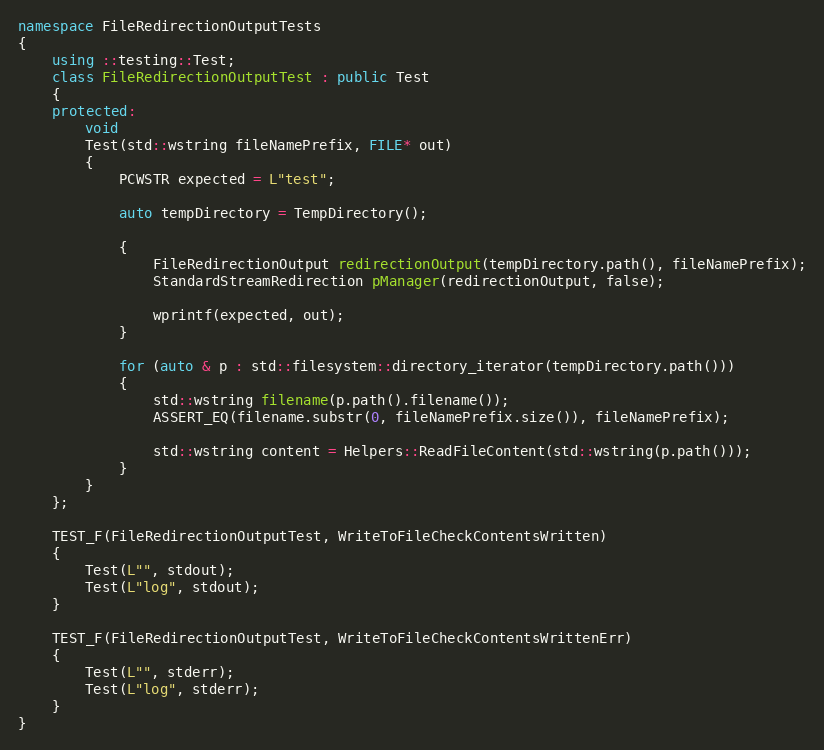
Language: C++
namespace FileRedirectionOutputTests
{
    using ::testing::Test;
    class FileRedirectionOutputTest : public Test
    {
    protected:
        void
        Test(std::wstring fileNamePrefix, FILE* out)
        {
            PCWSTR expected = L"test";

            auto tempDirectory = TempDirectory();

            {
                FileRedirectionOutput redirectionOutput(tempDirectory.path(), fileNamePrefix);
                StandardStreamRedirection pManager(redirectionOutput, false);

                wprintf(expected, out);
            }

            for (auto & p : std::filesystem::directory_iterator(tempDirectory.path()))
            {
                std::wstring filename(p.path().filename());
                ASSERT_EQ(filename.substr(0, fileNamePrefix.size()), fileNamePrefix);

                std::wstring content = Helpers::ReadFileContent(std::wstring(p.path()));
            }
        }
    };

    TEST_F(FileRedirectionOutputTest, WriteToFileCheckContentsWritten)
    {
        Test(L"", stdout);
        Test(L"log", stdout);
    }

    TEST_F(FileRedirectionOutputTest, WriteToFileCheckContentsWrittenErr)
    {
        Test(L"", stderr);
        Test(L"log", stderr);
    }
}